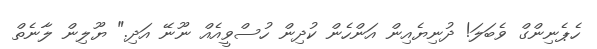
ހެޕެނިންގް ވެބަލަ! ދުނިޔެއިން އަންހެން ކުދިން ހުސްވީއެއް ނޫނޭ އަދި." ޔޫލިން ލާނެތް